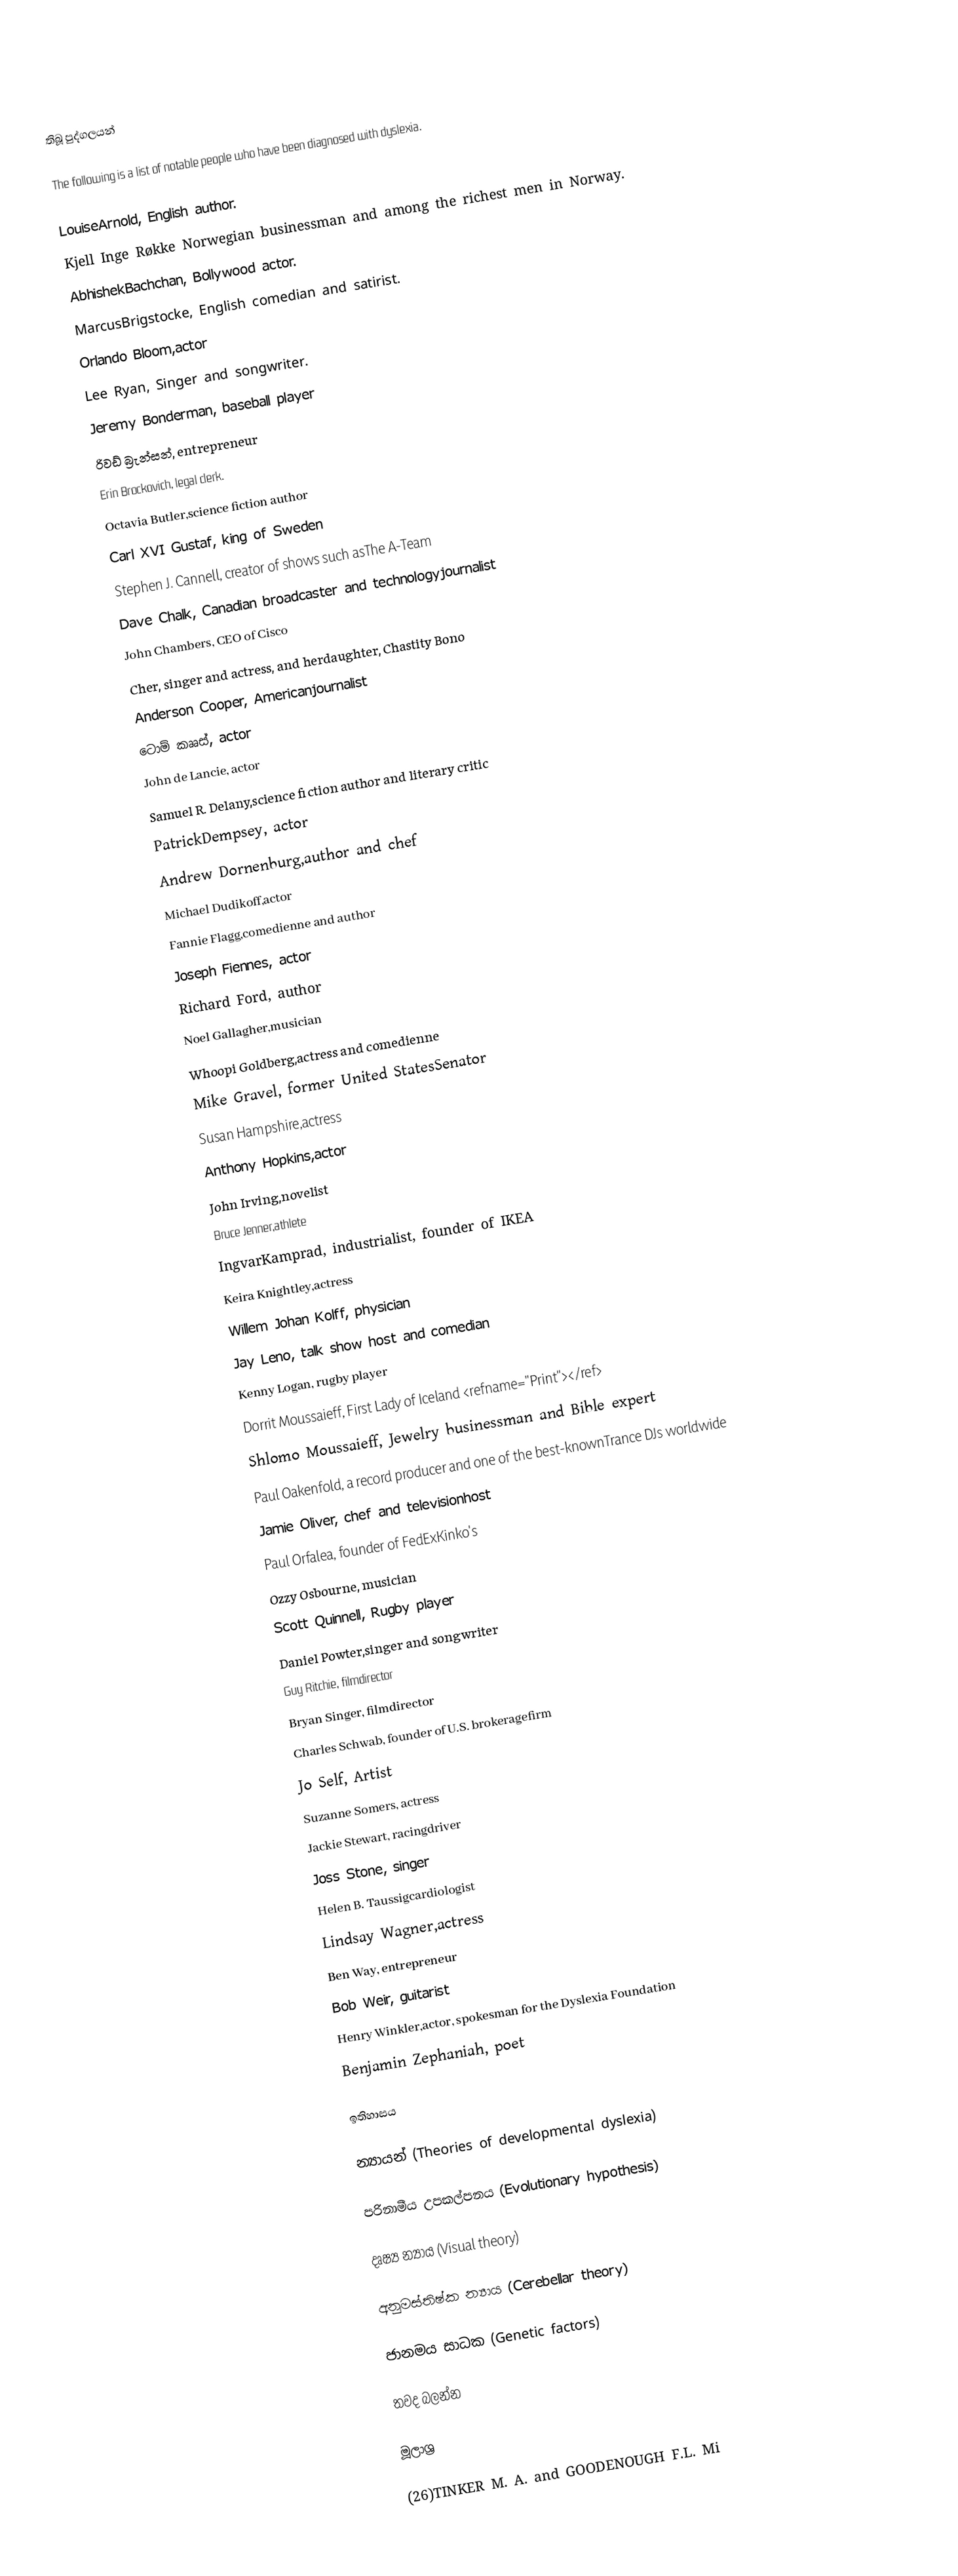

තිබූ පුද්ගලයන්

The following is a list of notable people who have been diagnosed with dyslexia.

LouiseArnold, English author.
Kjell Inge Røkke Norwegian businessman and among the richest men in Norway.
AbhishekBachchan, Bollywood actor.
MarcusBrigstocke, English comedian and satirist.
 Orlando Bloom,actor
Lee Ryan, Singer and songwriter.
Jeremy Bonderman, baseball player
රිවඩ් බ්‍රැන්සන්, entrepreneur
 Erin Brockovich, legal clerk.
Octavia Butler,science fiction author
 Carl XVI Gustaf, king of Sweden
 Stephen J. Cannell, creator of shows such asThe A-Team
 Dave Chalk, Canadian broadcaster and technologyjournalist
 John Chambers, CEO of Cisco
 Cher, singer and actress, and herdaughter, Chastity Bono
 Anderson Cooper, Americanjournalist
 ටොම් කෲස්, actor
 John de Lancie, actor
 Samuel R. Delany,science fiction author and literary critic
 PatrickDempsey, actor
 Andrew Dornenburg,author and chef
 Michael Dudikoff,actor
 Fannie Flagg,comedienne and author
 Joseph Fiennes, actor
Richard Ford, author
 Noel Gallagher,musician
 Whoopi Goldberg,actress and comedienne
 Mike Gravel, former United StatesSenator
 Susan Hampshire,actress
 Anthony Hopkins,actor
 John Irving,novelist
 Bruce Jenner,athlete
 IngvarKamprad, industrialist, founder of IKEA
 Keira Knightley,actress
 Willem Johan Kolff, physician
Jay Leno, talk show host and comedian
 Kenny Logan, rugby player
Dorrit Moussaieff, First Lady of Iceland <refname="Print"></ref>
 Shlomo Moussaieff, Jewelry businessman and Bible expert
Paul Oakenfold, a record producer and one of the best-knownTrance DJs worldwide
 Jamie Oliver, chef and televisionhost
 Paul Orfalea, founder of FedExKinko's
 Ozzy Osbourne, musician
Scott Quinnell, Rugby player
 Daniel Powter,singer and songwriter
 Guy Ritchie, filmdirector
 Bryan Singer, filmdirector
 Charles Schwab, founder of U.S. brokeragefirm
Jo Self, Artist
Suzanne Somers, actress
 Jackie Stewart, racingdriver
 Joss Stone, singer
 Helen B. Taussigcardiologist
 Lindsay Wagner,actress
 Ben Way, entrepreneur
 Bob Weir, guitarist
 Henry Winkler,actor, spokesman for the Dyslexia Foundation
Benjamin Zephaniah, poet

ඉතිහාසය

න්‍යායන් (Theories of developmental dyslexia)

පරිනාමීය උපකල්පනය (Evolutionary hypothesis)

දෘෂ්‍ය න්‍යාය (Visual theory)

අනුමස්තිෂ්ක න්‍යාය (Cerebellar theory)

ජානමය සාධක (Genetic factors)

තවද බලන්න

මූලාශ්‍ර

(26)TINKER M. A. and GOODENOUGH F.L. Mi